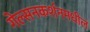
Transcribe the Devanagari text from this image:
गेल्सनकर्शनमधील